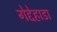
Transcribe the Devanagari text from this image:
गेद्देहाडा